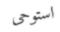
استوحى